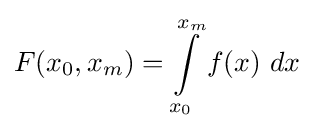
F({x_{0}},{x_{m}})=\int \limits _{x_{0}}^{x_{m}}f(x)\ dx